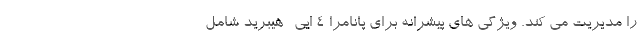
را مدیریت می کند. ویژگی های پیشرانه برای پانامرا 4 ایی- هیبرید شامل